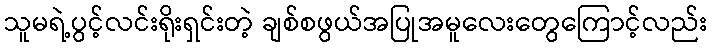
သူမရဲ့ပွင့်လင်းရိုးရှင်းတဲ့ ချစ်စဖွယ်အပြုအမူလေးတွေကြောင့်လည်း